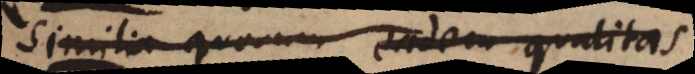
Similia quorum eadem qualitas